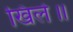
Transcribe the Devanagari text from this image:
खिले॥